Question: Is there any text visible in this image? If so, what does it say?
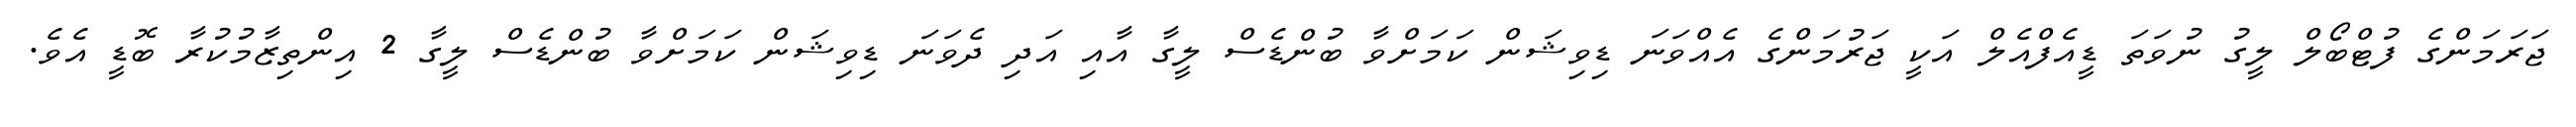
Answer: ޖަރަމަންގެ ފުޓްބޯލް ލީގު ނުވަތަ ޑީއެފްއެލް އަކީ ޖަރުމަންގެ އެއްވަނަ ޑިވިޝަން ކަމަށްވާ ބުންޑެސް ލީގާ އާއި އަދި ދެވަނަ ޑިވިޝަން ކަމަށްވާ ބުންޑެސް ލީގާ 2 އިންތިޒާމުކުރާ ބޮޑީ އެވެ.